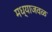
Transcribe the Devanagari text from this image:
मध्याजवळ